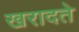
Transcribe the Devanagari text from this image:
खरादते